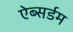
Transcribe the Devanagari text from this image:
ऐब्सर्डम